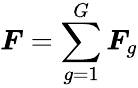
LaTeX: \boldsymbol{F}=\sum_{g=1}^{G}\boldsymbol{F}_{g}